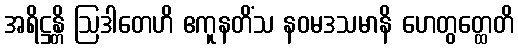
အရိဋ္ဌန္တိ ဩဒါတေဟိ ဧကူနတိံသ နဝမဒသမာနိ ဟေတွတ္ထေတိ